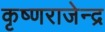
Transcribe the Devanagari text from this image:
कृष्णराजेन्द्र